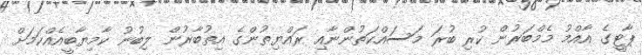
ޕާޓީގެ އާއްމު މެމްބަރުން ކުރި ބުރަ މަސައްކަތުންނާއި ރައްޔިތުންގެ އިތުބާރުން ލިބުނު ކާމިޔާބީއެއްކަމަށް